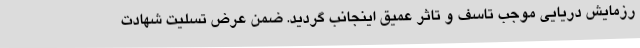
رزمایش دریایی موجب تاسف و تاثر عمیق اینجانب گردید. ضمن عرض تسلیت شهادت